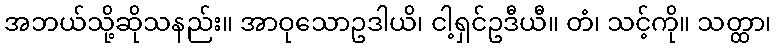
အဘယ်သို့ဆိုသနည်း။ အာဝုသောဥဒါယိ၊ ငါ့ရှင်ဥဒီယီ။ တံ၊ သင့်ကို။ သတ္ထာ၊